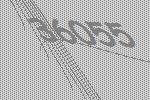
36055